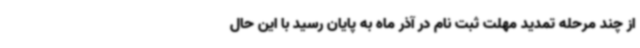
از چند مرحله تمدید مهلت ثبت نام در آذر ماه به پایان رسید با این حال